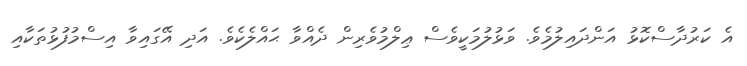
އެ ކަރުދާސްކޮޅު އަންދައިލުމެވެ. ވަޅުލުމަކީވެސް ޢިލްމުވެރިން ދެއްވާ ޙައްލެކެވެ. އަދި އޭގައިވާ އިސްމުފުޅުތަކާއި